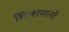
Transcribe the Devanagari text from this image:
शिष्शमानों